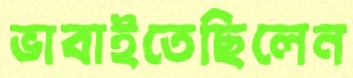
ভাবাইতেছিলেন